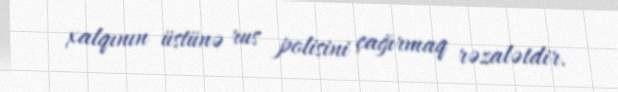
xalqının üstünə rus polisini çağırmaq rəzalətdir.